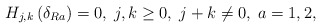
\begin{align*}H_{j,k}\left( \delta _{Ra}\right) =0,\;j,k\geq 0,\;j+k\neq 0,\;a=1,2,\end{align*}